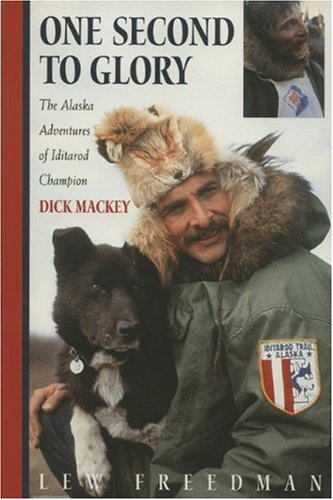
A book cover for One Second to Glory: The Alaska Adventures of Iditarod Champion Dick Mackey; Lew Freedman; Sports & Outdoors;